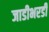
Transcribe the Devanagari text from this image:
जाडीभरडी